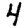
Digit: 4